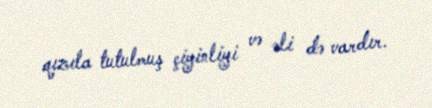
qızıla tutulmuş çiyinliyi və əli də vardır.